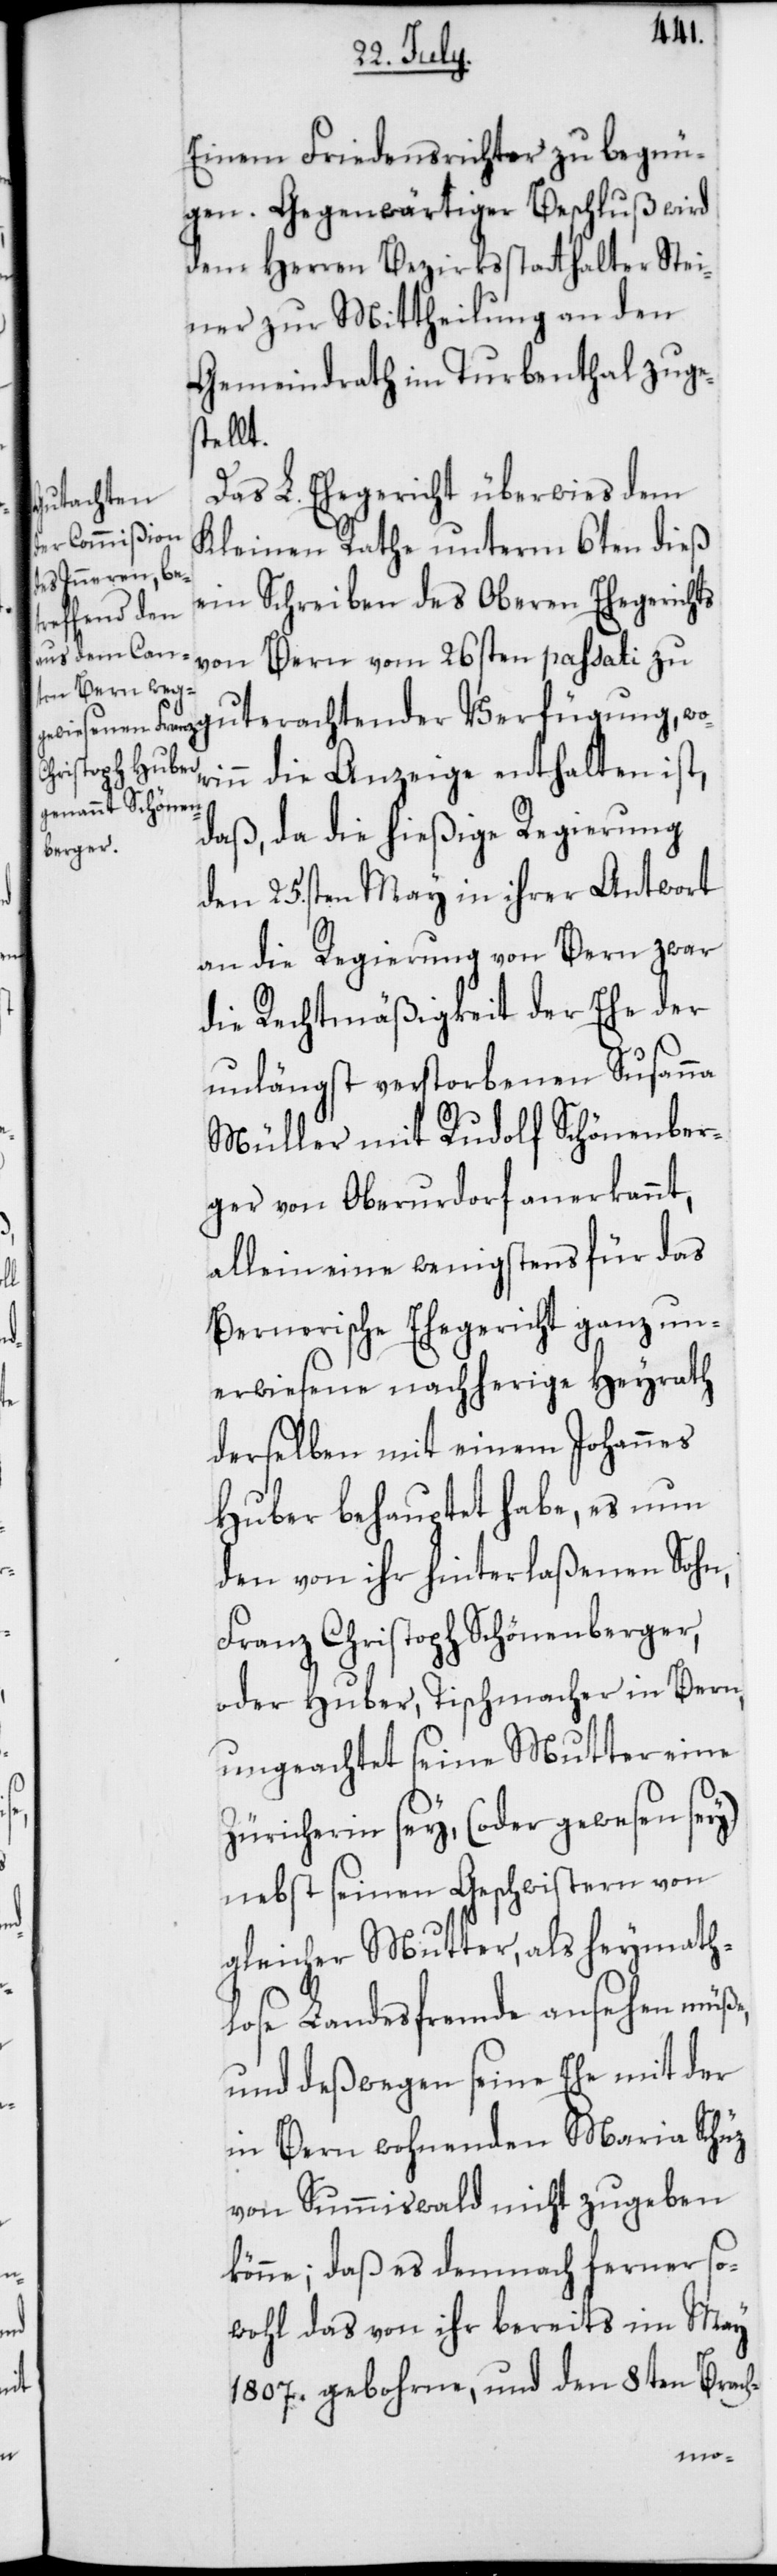
Einem Friedensrichter zu begnü¬
gen. Gegenwärtiger Beschluß wird
dem Herren Bezirksstatthalter Stei¬
ner zur Mittheilung an den
Gemeindrath im Turbenthal zuges¬
tellt.
Das L. Ehegericht überwies dem
Kleinen Rathe unterm 6ten dieß
ein Schreiben des Oberen Ehegerichts
von Bern vom 26sten passati zu
gut erachtender Verfügung, wo¬
rinn die Anzeige enthalten ist,
daß, da die hießige Regierung
den 25sten May in ihrer Antwort
an die Regierung von Bern zwar
die Rechtmäßigkeit der Ehe der
unlängst verstorbenen Susanna
Müller mit Rudolf Schönenber¬
ger von Oberurdorf anerkannt,
allein eine wenigstens für das
Bernerische Ehegericht ganz un¬
erwiesene nachherige Heyrath
derselben mit einem Johannes
Huber behauptet habe, es nun
den von ihr hinterlaßenen Sohn,
Franz Christoph Schönenberger,
oder Huber, Tischmacher in Bern,
ungeachtet seine Mutter eine
Zürcherin sey, (oder gewesen sey)
nebst seinen Geschwistern von
gleicher Mutter, als heymath¬
lose Landsfremde ansehen müße,
und deßwegen seine Ehe mit der
in Bern wohnenden Maria Schüz
von Summiswald nicht zugeben
könne; daß es demnach ferner so¬
wohl das von ihr bereits im May
1807. gebohrne, und den 8ten Brach-